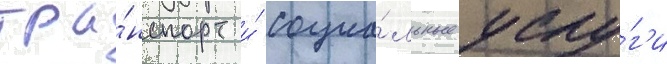
тра́нспорт и́ социа́льные услу́г'и